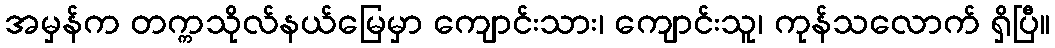
အမှန်က တက္ကသိုလ်နယ်မြေမှာ ကျောင်းသား၊ ကျောင်းသူ၊ ကုန်သလောက် ရှိပြီ။